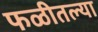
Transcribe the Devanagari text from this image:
फळीतल्या